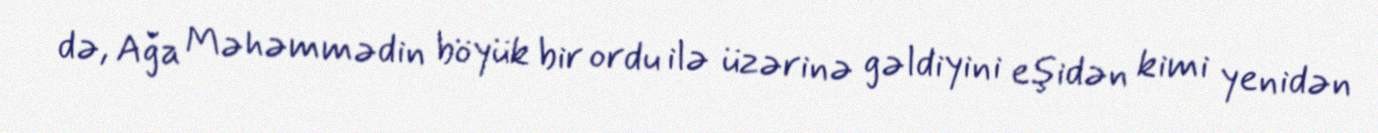
də, Ağa Məhəmmədin böyük bir ordu ilə üzərinə gəldiyini eşidən kimi yenidən